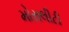
મોરાલીટી